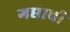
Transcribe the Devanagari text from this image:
गद्याची